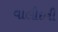
વાલીદની